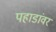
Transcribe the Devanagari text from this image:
पहाडांवर